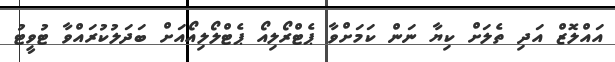
އައްލޮޒް އަދި ތެލަށް ކިޔާ ނަން ކަމަށްވާ ޕެޓްރޯލިއޯ ޕެޓްލޯލިއޯއަށް ބަދަލުކުރައްވާ ޓުވީޓު